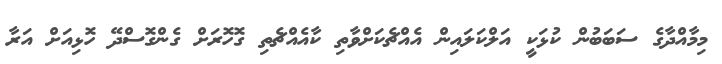
މިމާއްދާގެ ސަބަބުން ކުޅަކީ އަލްކަލައިން އެއްޗެކަށްވާތި ކާއެއްޗެތި ގޮހޮރަށް ގެންގޮސްދޭ ހޮޅިއަށް އަރާ